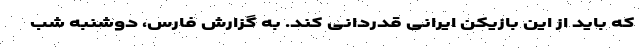
که باید از این بازیکن ایرانی قدردانی کند. به گزارش فارس، دوشنبه شب